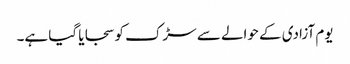
یوم آزادی کے حوالے سے سڑک کو سجایا گیا ہے۔